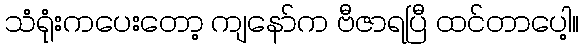
သံရုံးကပေးတော့ ကျနော်က ဗီဇာရပြီ ထင်တာပေါ့။